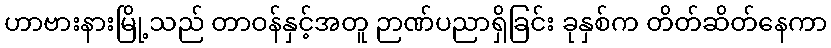
ဟာဗားနားမြို့သည် တာဝန်နှင့်အတူ ဉာဏ်ပညာရှိခြင်း ခုနှစ်က တိတ်ဆိတ်နေကာ